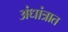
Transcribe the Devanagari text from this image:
अंधांत्रात